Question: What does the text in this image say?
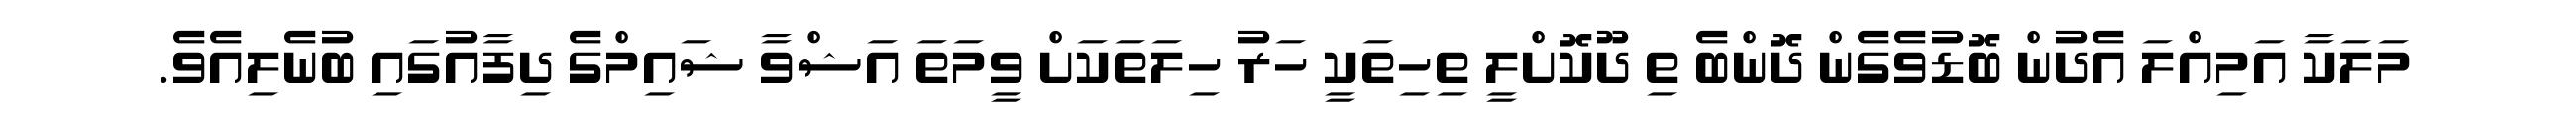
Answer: މަލަކާ އަމިއްލަ އެދުން ބޮޑުވެގެން ދޮންބެ ތި ދޫކޮށްލީ ތިހިތަކީ ހަރު ހިލަތަކަށް ވީމަތަ އަޝްވާ ޝައިމްގެ ދިފާއުގައި ބުނެލިއެވެ.